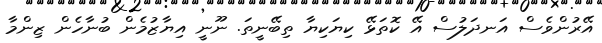
އޭރުންވެސް އަނދަލުސް އޭ ކޮތަޅޭ ކިޔަކިޔާ ތިބޭނީތަ. ނޫނީ އިޔާޒުމެން ބުނާހެން ޒިންމާ